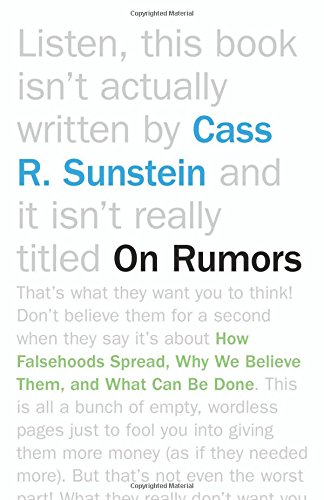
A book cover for On Rumors: How Falsehoods Spread, Why We Believe Them, and What Can Be Done; Cass R. Sunstein; Law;